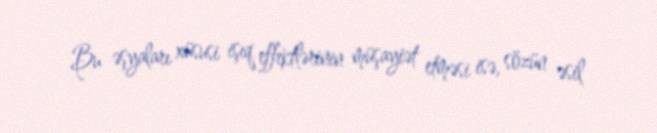
Bu əşyaları xüsusi işıq effektlərinin müşayiət etməsi isə, sözün əsil